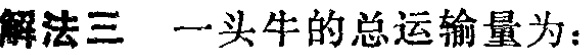
解法三 一头牛的总运输量为：